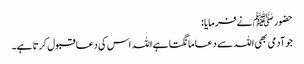
حضور ﷺ نے فرمایا:
جو آدمی بھی اللہ سے دعا مانگتا ہے اللہ اس کی دعا قبول کرتا ہے۔